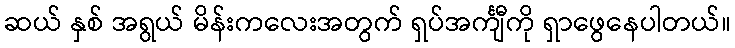
ဆယ် နှစ် အရွယ် မိန်းကလေးအတွက် ရှပ်အင်္ကျီကို ရှာဖွေနေပါတယ်။